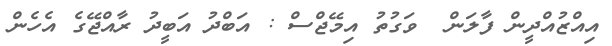
އިއްޒުއްދީން ފާލަން  ވަގުތު އިމޭޖްސް : އަބްދު އަބީދު ރާއްޖޭގެ އެހެން